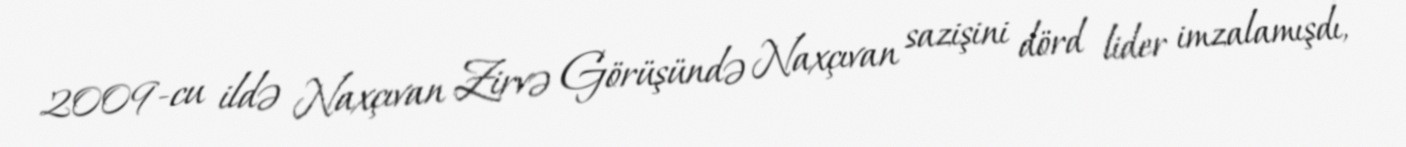
2009-cu ildə Naxçıvan Zirvə Görüşündə Naxçıvan sazişini dörd lider imzalamışdı,